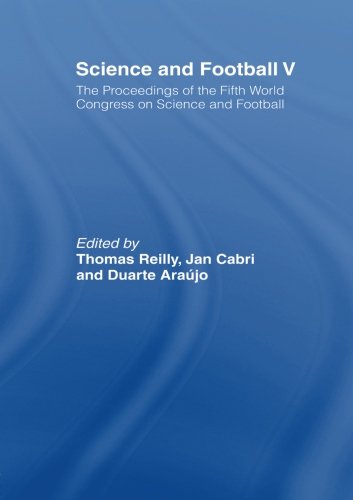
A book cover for Science and Football V: The Proceedings of the Fifth World Congress on Sports Science and Football (v. 5); Sports & Outdoors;